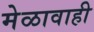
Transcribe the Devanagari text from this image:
मेळावाही